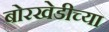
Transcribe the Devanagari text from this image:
बोरखेडीच्या